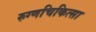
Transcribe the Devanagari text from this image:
रुग्णचिकित्सा